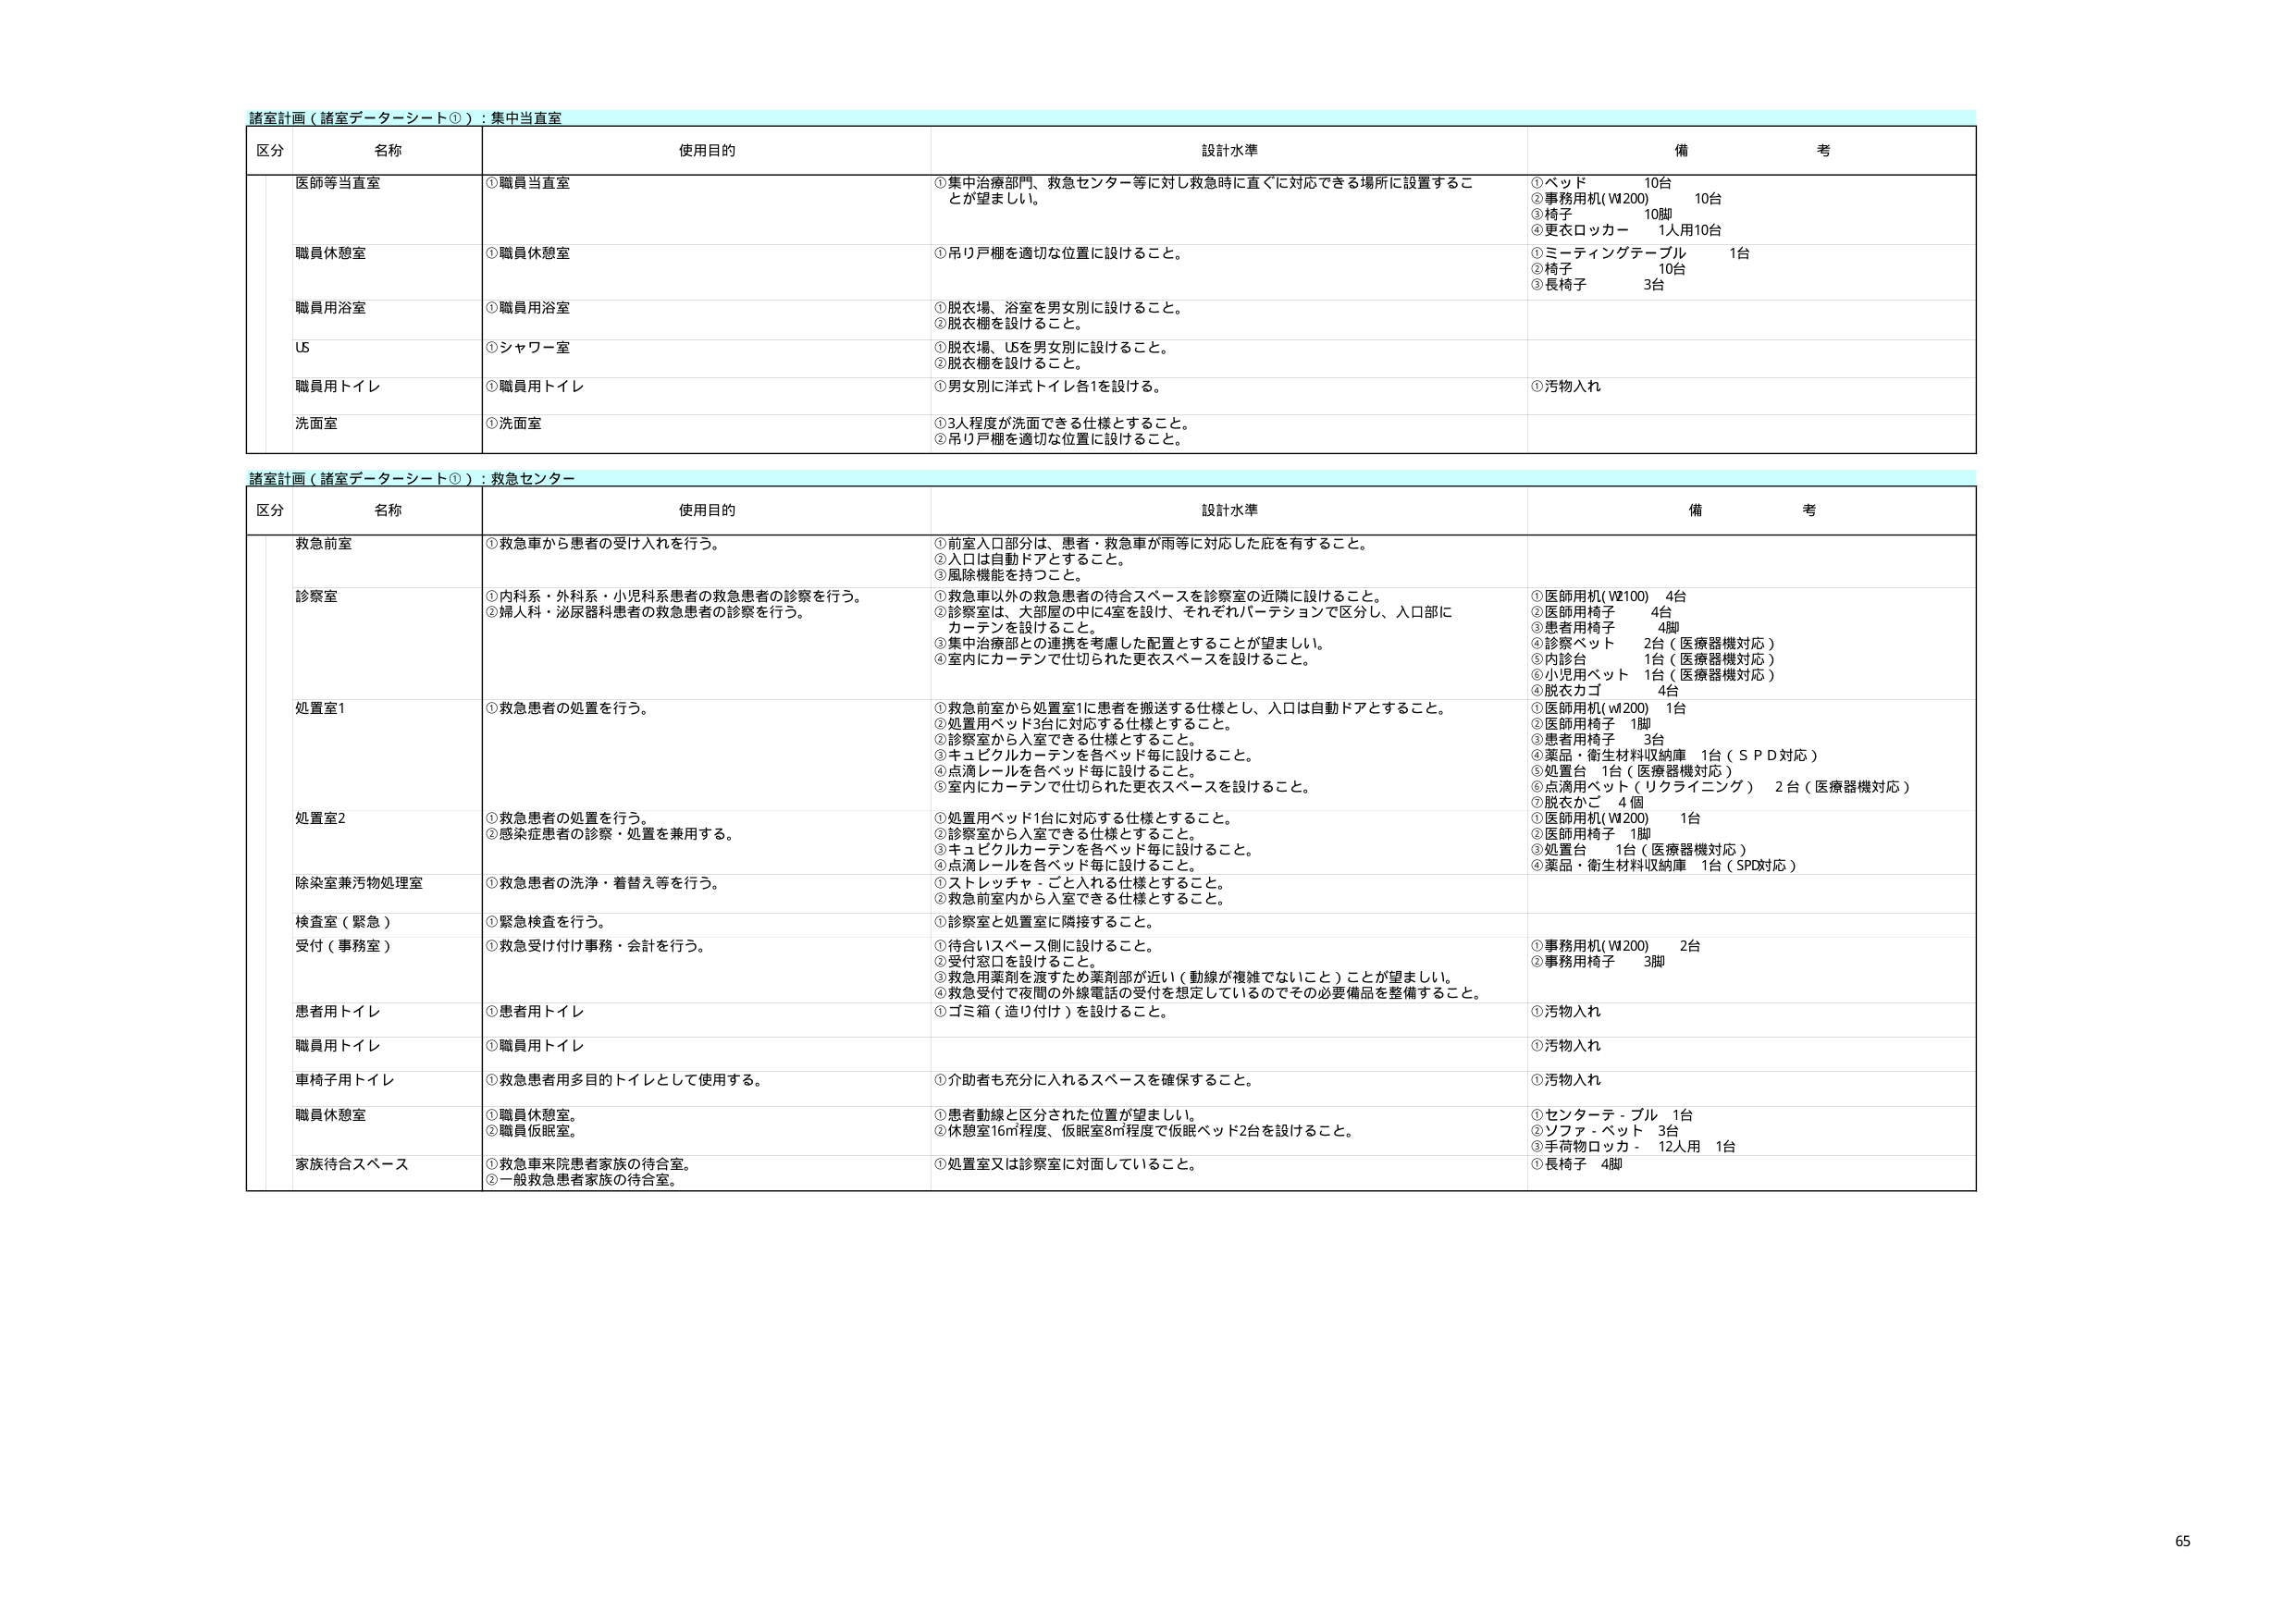
諸室計画（諸室データシート①）：集中当直室
区分 名称 使用目的 設計水準 備考
医師等当直室 ①職員当直室 ①集中治療部門、救急センター等に対し救急時に直ぐに対応できる場所に設置することが望ましい。 ①ベッド 10台 ②事務用机(W200) 10台 ③椅子 10脚 ④更衣ロッカー 1人用10台
職員休憩室 ①職員休憩室 ①吊り戸棚を適切な位置に設けること。 ①ミーティングテーブル 1台 ②椅子 10台 ③長椅子 3台
職員用浴室 ①職員用浴室 ①脱衣場、浴室を男女別に設けること。 ②脱衣棚を設けること。
US ①シャワー室 ①脱衣場、USを男女別に設けること。 ②脱衣棚を設けること。
職員用トイレ ①職員用トイレ ①男女別に洋式トイレ各1を設ける。 ①汚物入れ
洗面室 ①洗面室 ①3人程度が洗面できる仕様とすること。 ②吊り戸棚を適切な位置に設けること。

諸室計画（諸室データシート①）：救急センター
区分 名称 使用目的 設計水準 備考
救急前室 ①救急車から患者の受け入れを行う。 ①前室入口部分は、患者・救急車が雨等に対応した庇を有すること。 ②入口は自動ドアとすること。 ③風除機能を持つこと。
診察室 ①内科系・外科系・小児科系患者の救急患者の診察を行う。 ②婦人科・泌尿器科患者の救急患者の診察を行う。 ①救急車以外の救急患者の待合スペースを診察室の近隣に設けること。 ②診察室は、大部屋の中に4室を設け、それぞれパーテーションで区分し、入口部にカーテンを設けること。 ③集中治療部との連携を考慮した配置とすることが望ましい。 ④室内にカーテンで仕切られた更衣スペースを設けること。 ①医師用机(W2100) 4台 ②医師用椅子 4台 ③患者用椅子 4脚 ④診察ベット 2台（医療器機対応） ⑤内診台 1台（医療器機対応） ⑥小児用ベット 1台（医療器機対応） ⑦脱衣カゴ 4台
処置室1 ①救急患者の処置を行う。 ①救急前室から処置室1に患者を搬送する仕様とし、入口は自動ドアとすること。 ②処置用ベッド3台に対応する仕様とすること。 ③診察室から入室できる仕様とすること。 ④キュビクルカーテンを各ベッド毎に設けること。 ⑤点滴レールを各ベッド毎に設けること。 ⑥室内にカーテンで仕切られた更衣スペースを設けること。 ①医師用机(W200) 1台 ②医師用椅子 1脚 ③患者用椅子 3台 ④薬品・衛生材料収納庫 1台（SPD対応） ⑤処置台 1台（医療器機対応） ⑥点滴用ベット（リクライニング） 2台（医療器機対応） ⑦脱衣かご 4個
処置室2 ①救急患者の処置を行う。 ②感染症患者の診察・処置を兼用する。 ①処置用ベッド1台に対応する仕様とすること。 ②診察室から入室できる仕様とすること。 ③キュビクルカーテンを各ベッド毎に設けること。 ④点滴レールを各ベッド毎に設けること。 ①医師用机(W200) 1台 ②医師用椅子 1脚 ③処置台 1台（医療器機対応） ④薬品・衛生材料収納庫 1台（SPD対応）
除染室兼汚物処理室 ①救急患者の洗浄・着替え等を行う。 ①ストレッチャー・ごと入れる仕様とすること。 ②救急前室内から入室できる仕様とすること。
検査室（緊急） ①緊急検査を行う。 ①診察室と処置室に隣接すること。
受付（事務室） ①救急受け付け事務・会計を行う。 ①待合いスペース側に設けること。 ②受付窓口を設けること。 ③救急用薬剤を渡すため薬剤部が近い（動線が複雑でないこと）ことが望ましい。 ④救急受付で夜間の外線電話の受付を想定しているのでその必要備品を整備すること。 ①事務用机(W200) 2台 ②事務用椅子 3脚
患者用トイレ ①患者用トイレ ①ゴミ箱（造り付け）を設けること。 ①汚物入れ
職員用トイレ ①職員用トイレ ①汚物入れ
車椅子用トイレ ①救急患者用多目的トイレとして使用する。 ①介助者も充分に入れるスペースを確保すること。 ①汚物入れ
職員休憩室 ①職員休憩室。 ②職員仮眠室。 ①患者動線と区分された位置が望ましい。 ②休憩室16㎡程度、仮眠室8㎡程度で仮眠ベッド2台を設けること。 ①センターテーブル 1台 ②ソファ・ベット 3台 ③手荷物ロッカー 12人用 1台
家族待合スペース ①救急車来院患者家族の待合室。 ②一般救急患者家族の待合室。 ①処置室又は診察室に対面していること。 ①長椅子 4脚

65